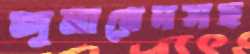
জুনায়েদসহ